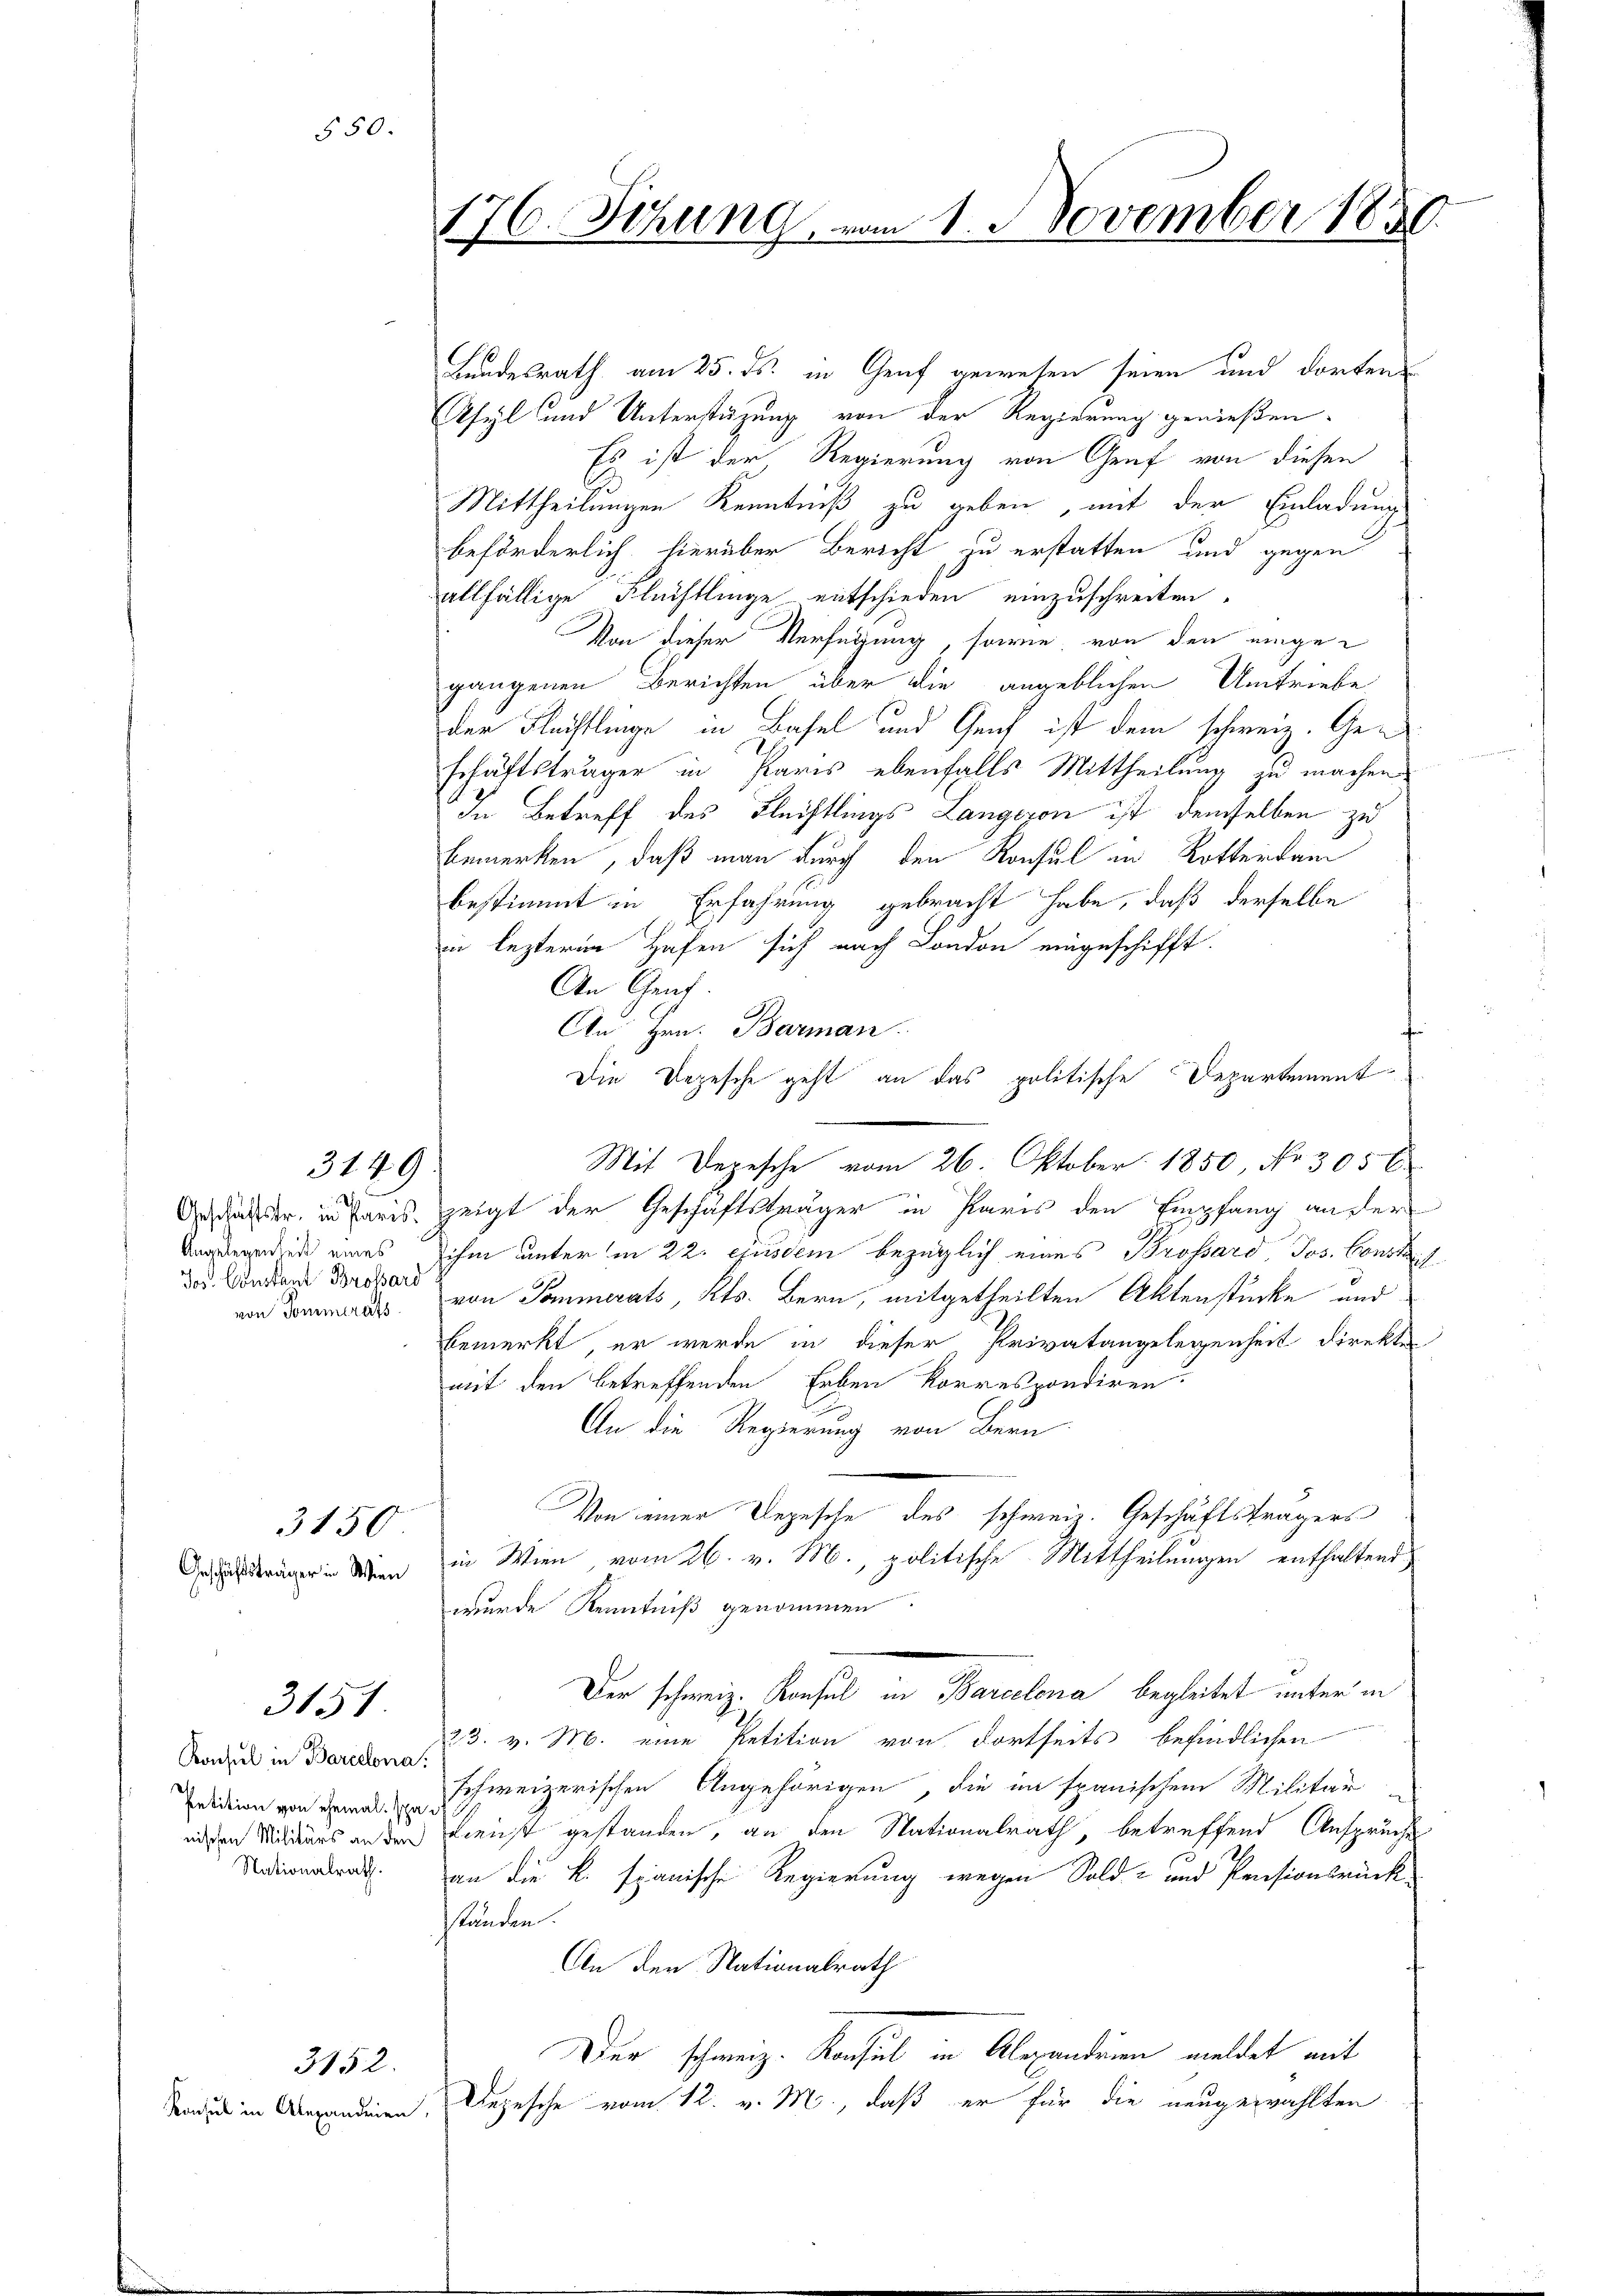
Jos. Constant Brossard
von Sommerats.

3150
Geschäftsträger in Wien

3151

3149

Konsul in Barcelona.
Petition von ehemal. Ma
Nationalrath.

3152.

Konsul in Alexandenen

550.

176. Sitzung vom 1. November 1850.

Landesrath am 25. ds. in Genf gewesen seien und dorten
Asyl und Unterstützung von der Regierung genießen.
Es ist der Regierung von Genf von diesen
Mittheilungen Kenntniß zu geben, mit der Einladung
beförderlich hierüber Bericht zu erstatten und gegen
allfällige Flüchtlinge entschieden einzuschreiten.
Von dieser Verfügung, sowie von den eingegangenen Berichten über die angeblichen Umtriebe
der Flechtlinge in Basel und Genf ist dem schweiz. Geschäftsträger in Paris ebenfalls Mittheilung zu machen.
In Betreff des Fleistlings Langeren ist demselben zu
bemerken, daß man durch den Konsul in Rotterdam
bestimmt in Erfahrung gebracht habe, daß derselbe
in lezteren Hafen sich nach London eingeschifft.
An Genf.
An Hrn. Barman
Arschafter, in Preis zeigt der Geschäftsträger in Paris den Empfang ausler
Angelegenden eines ihm unter in 22. ejusdem bezüglich eines Brossard, Jos. Const
von Pommerats, Kts. Bern, mitgetheilten Aktenstücke und
bemerkt, er werde in dieser Privatangelegenheit direkt
mit den betreffenden Erben korrespondiren.
An die Regierung von Bern
Von einer Depesche des schweiz. Geschäftsträgers
in Wien vom 26. v. M., politische Mittheilungen enthaltend
wurde Kenntniß genommen.
Der schweiz. Konsul in Barcelona begleitet unter in
23. v. M. eine Petition von dortseits befindlichen
schweizerischen Angehörigen, die im spanischem Militär
eiden Milders anden Dienst gestanden, an den Nationalrath, betreffend Anspruche
an die k. spanische Regierung wegen Sold- und Pensionsrück-
stunden.
An den Nationalrath
Der schweiz. Konsul in Alexandenen meldet mit
Depesche vom 12. v. M., daß er für die neugewählten

Die Depesche geht an das politische Departement
Mit Depesche vom 26. Oktober 1850, No 305 E